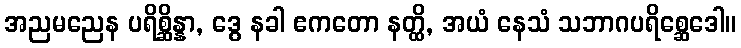
အညမညေန ပရိစ္ဆိန္နာ, ဒွေ နခါ ဧကတော နတ္ထိ, အယံ နေသံ သဘာဂပရိစ္ဆေဒေါ။